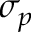
\sigma _ { p }